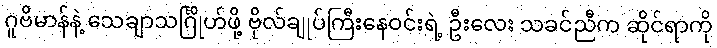
ဂူဗိမာန်နဲ့ သေချာသင်္ဂြိုဟ်ဖို့ ဗိုလ်ချုပ်ကြီးနေဝင်းရဲ့ ဦးလေး သခင်ညီက ဆိုင်ရာကို